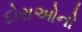
દોરાઓનો